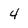
Character: 4